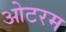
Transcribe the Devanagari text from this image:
ओटरम